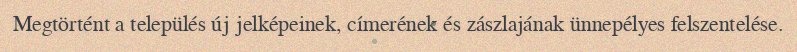
Megtörtént a település új jelképeinek, címerének és zászlajának ünnepélyes felszentelése.